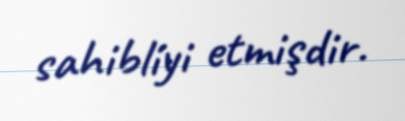
sahibliyi etmişdir.